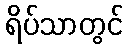
ရိပ်သာတွင်